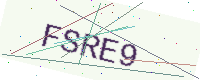
Text: FSRE9